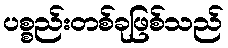
ပစ္စည်းတစ်ခုဖြစ်သည်